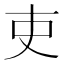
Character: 吏